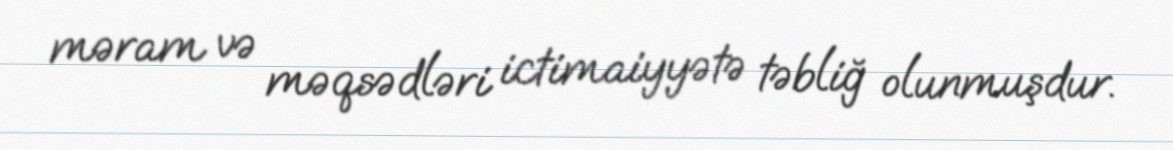
məram və məqsədləri ictimaiyyətə təbliğ olunmuşdur.